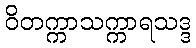
ဝိတက္ကာသက္ကာရသဒ္ဒ